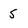
Character: 5